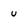
Character: u